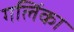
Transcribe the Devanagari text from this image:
गलिंका